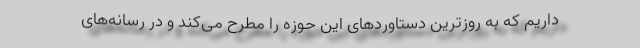
داریم که به روز‌ترین دستاوردهای این حوزه را مطرح می‌کند و در رسانه‌های